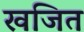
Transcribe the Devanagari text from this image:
खजित